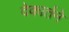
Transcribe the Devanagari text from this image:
देकार्तने